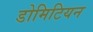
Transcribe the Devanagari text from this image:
डोमिटियन